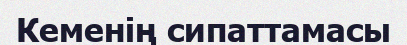
Кеменің сипаттамасы